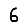
Digit: 6